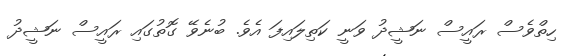
ހިތްވެސް ރައީސް ނަޝީދު ވަނީ ކަތިލައިފަ އެވެ. ބުނެވޭ ގޮތުގައި ރައީސް ނަޝީދު